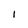
Character: i